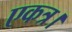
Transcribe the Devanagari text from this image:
एकत्र।